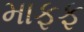
માફફ